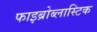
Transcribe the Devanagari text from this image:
फाइब्रोब्लास्टिक